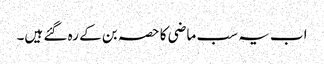
اب یہ سب ماضی کا حصہ بن کے رہ گئے ہیں۔